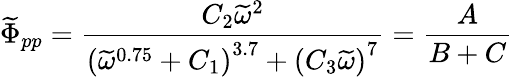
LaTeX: \widetilde{\Phi}_{pp}=\frac{C_{2}\widetilde{\omega}^{2}}{\left(\widetilde{\omega}^{0.75}+C_{1}\right)^{3.7}+\left(C_{3}\widetilde{\omega}\right)^{7}}=\frac{A}{B+C}